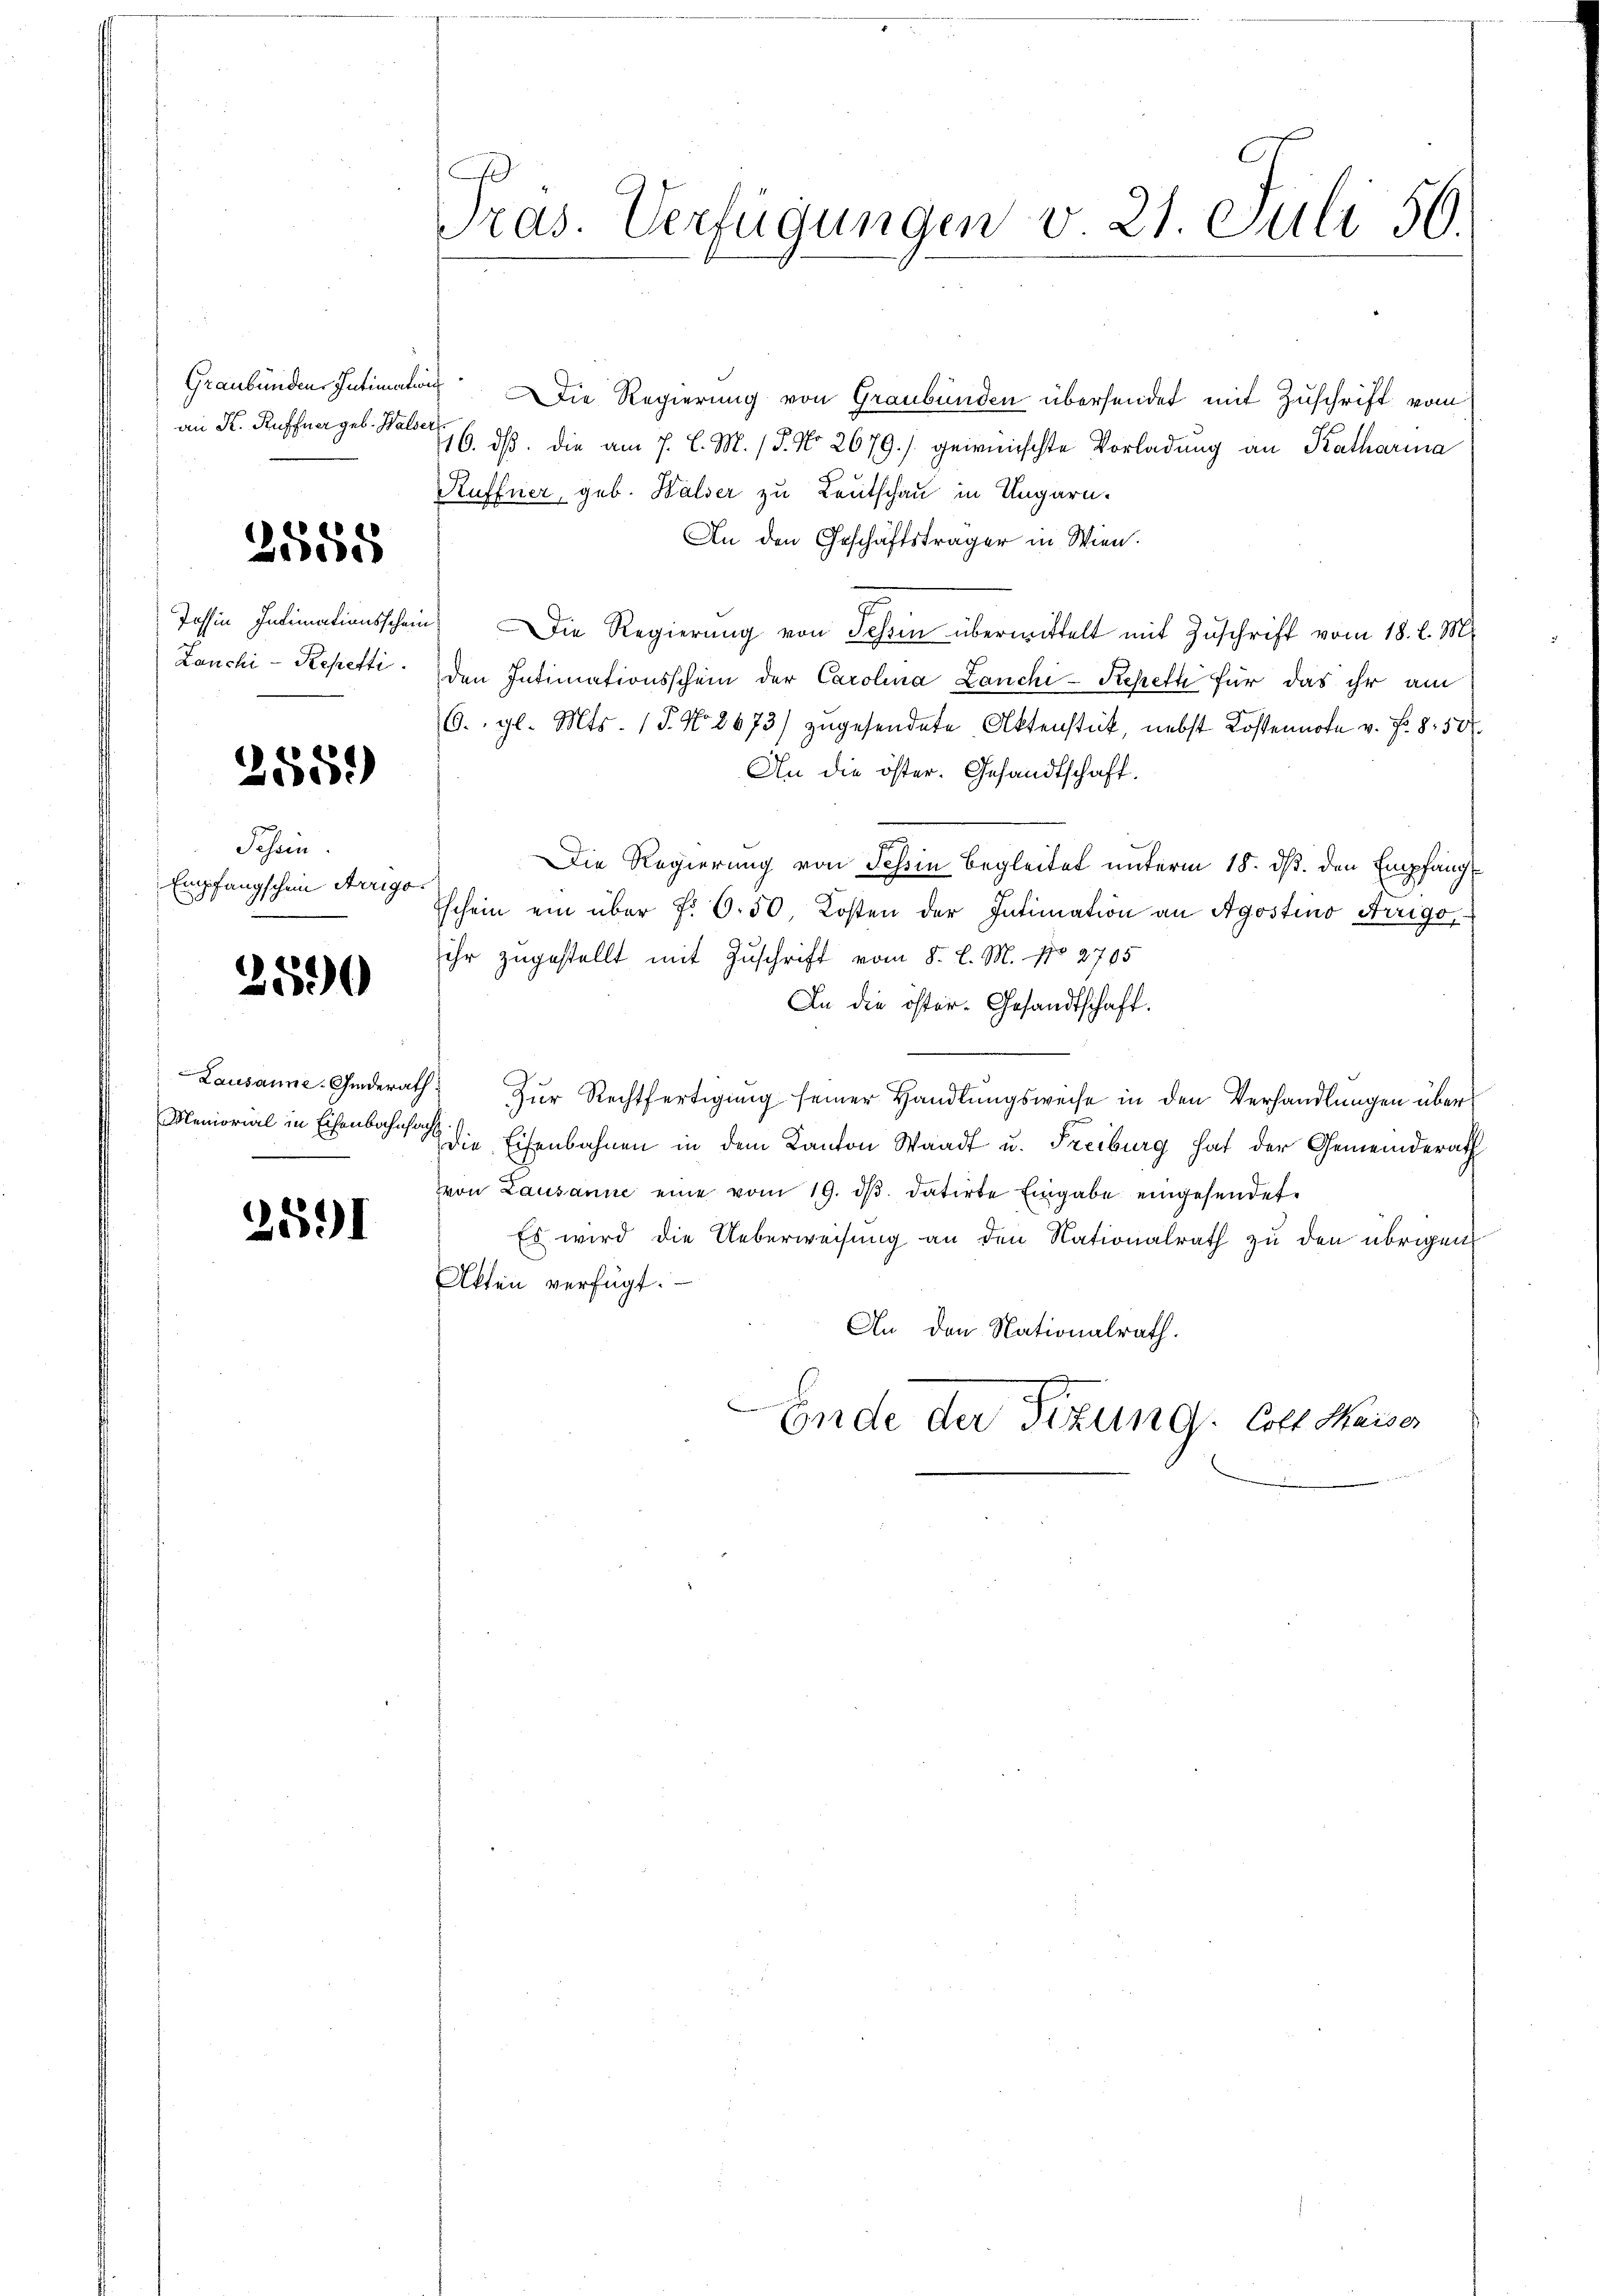
Graubünden. Intimation
an K. Ruffner geb. Walser

2555

Tossin Intimationsschein
Lanchi - Repetti.

2559

Johann
Empfangschein Arrigo

2590

Lausanne-Giderath
Memorial in Eisenbahnsag

2591

Pras. Verfügungen v. 21. Juli 56.

¬

Die Regierung von Graubünden übersendet mit Zuschrift vom
16. ds. die am 7. d. M. / 5. No 2679./ geirnischte Vorladung an Katharina
Ruffner, geb. Walser zu Leutschau in Ungarn.
An den Geschäftsträger in Wien.
Die Regierung von Schin übermittelt mit Zuschrift vom 18. l. M.
den Intimationsschein der Carolina Lanchi-Keheft für das ihr am
6. gl. Mts. (T. No. 2673) zugesendete Aktenstück, nebst Kostennote v. Fr. 850.
An die öster. Gesandtschaft.
Die Regierung von Schin begleitet unterm 18. ds. den Empfang
schein ein über f. 6. 50 Kosten der Intimation an Agostino Trigo,
ihr zugestellt mit Zuschrift vom 8. l. M. No 2705
In die öster- Gesandtschaft.
Zur Rechtfertigung seiner Handlungsweise in den Verhandlungen überdie Eisenbahnen in dem Kanton Waadt u. Freiburg hat der Gemeinderath
von Lausanne eine vom 19. ds. datirte Eingabe eingesendet,
Es wird die Ueberweisung an den Nationalrath zu den übrigen
Akten verfügt:
An den Nationalrath.
i
Ende der Sitzung. Gott Maiser